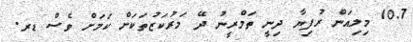
10.7 މިލިއަން ރުފިޔާ ދިނީ ތަމްރީނު ދޭ މަރުކަޒުތަކަށް ކަމަށް ވެސް ޑރ.